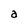
Character: a